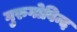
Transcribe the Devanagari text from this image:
गुरुगोविन्द